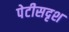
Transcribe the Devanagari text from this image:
पेटीसदृश